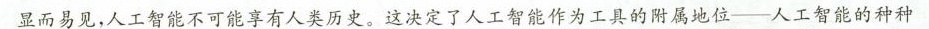
显而易见，人工智能不可能享有人类历史。这决定了人工智能作为工具的附属地位--人工智能的种种